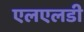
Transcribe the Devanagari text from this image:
एलएलडी